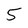
Character: 5